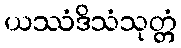
ယဿံဒိသံသုတ္တံ